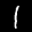
Label: 1